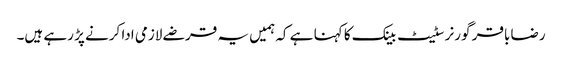
رضا باقر گورنر سٹیٹ بینک کا کہنا ہے کہ ہمیں یہ قرضے لازمی ادا کرنے پڑ رہے ہیں۔